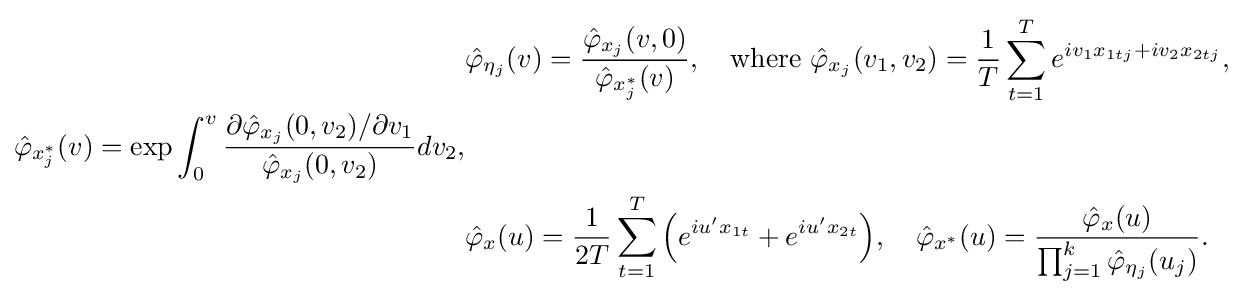
{\begin{aligned}&{\hat {\varphi }}_{\eta _{j}}(v)={\frac {{\hat {\varphi }}_{x_{j}}(v,0)}{{\hat {\varphi }}_{x_{j}^{*}}(v)}},\quad {\text{where }}{\hat {\varphi }}_{x_{j}}(v_{1},v_{2})={\frac {1}{T}}\sum _{t=1}^{T}e^{iv_{1}x_{1tj}+iv_{2}x_{2tj}},\\{\hat {\varphi }}_{x_{j}^{*}}(v)=\exp \int _{0}^{v}{\frac {\partial {\hat {\varphi }}_{x_{j}}(0,v_{2})/\partial v_{1}}{{\hat {\varphi }}_{x_{j}}(0,v_{2})}}dv_{2},\\&{\hat {\varphi }}_{x}(u)={\frac {1}{2T}}\sum _{t=1}^{T}{\Big (}e^{iu'x_{1t}}+e^{iu'x_{2t}}{\Big )},\quad {\hat {\varphi }}_{x^{*}}(u)={\frac {{\hat {\varphi }}_{x}(u)}{\prod _{j=1}^{k}{\hat {\varphi }}_{\eta _{j}}(u_{j})}}.\end{aligned}}